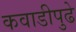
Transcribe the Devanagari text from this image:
कवाडीपुढे